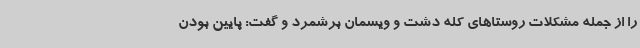
را از جمله مشکلات روستاهای کله دشت و ویسمان برشمرد و گفت: پایین بودن